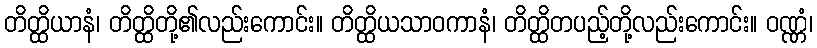
တိတ္ထိယာနံ၊ တိတ္ထိတို့၏လည်းကောင်း။ တိတ္ထိယသာဝကာနံ၊ တိတ္ထိတပည့်တို့လည်းကောင်း။ ဝဏ္ဏံ၊